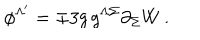
\phi ^ { \Lambda ^ { \prime } } = \mp 3 g \, g ^ { \Lambda \Sigma } \partial _ { \Sigma } W \, .